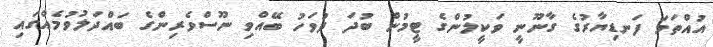
އުއްތަމަ ފަނޑިޔާރުގެ ގާނޫނީ ވަކީލުންގެ ޓީމުން ބުދަ ދުވަހު ބޭއްވި ނޫސްވެރިންގެ ބައްދަލުވުމެއްގައި